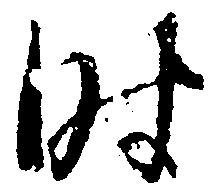
時